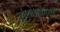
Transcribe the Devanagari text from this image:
संशोधकाशी